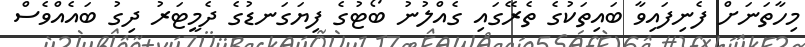
މިހާތަނަށް ފެނިފައިވާ ބައިތަކުގެ ތެރޭގައި ގެއްލުނު ބޯޓުގެ ފިޔަގަނޑުގެ ދެމީޓަރު ދިގު ބައެއްވެސް